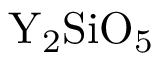
\mathrm { Y _ { 2 } S i O _ { 5 } }